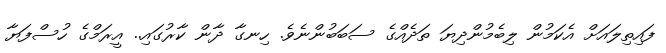
ފައިތިލައަށް އެކަމުން ލިބެމުންދިޔަ ތަދެއްގެ ސަބަބުންނެވެ. ހިނގާ ދާން ކާރުގައި.. އީރަމްގެ ހުސްފަޔާ